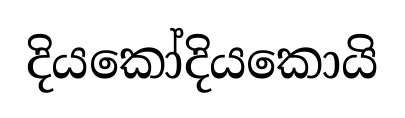
දියකෝදියකොයි